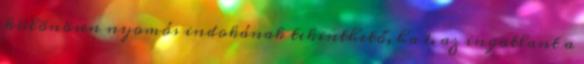
különösen nyomós indokának tekinthető, ha 1. az ingatlant a